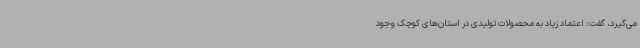
می‌گیرد، گفت: اعتماد زیاد به محصولات تولیدی در استان‌های کوچک وجود